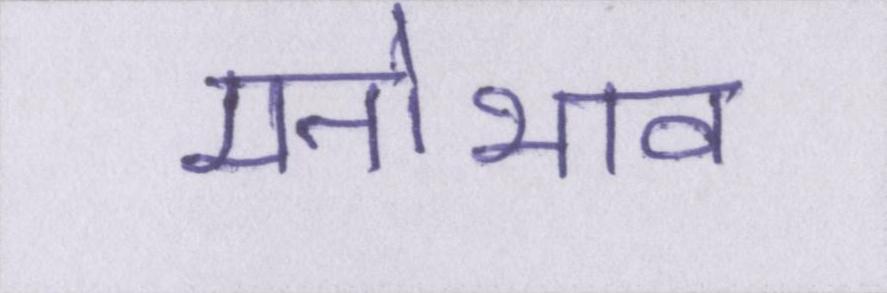
मनोभाव